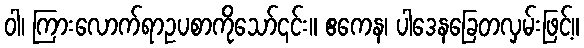
ဝါ၊ ကြားလောက်ရာဥပစာကိုသော်၎င်း။ ဧကေန၊ ပါဒေနခြေတလှမ်းဖြင့်။